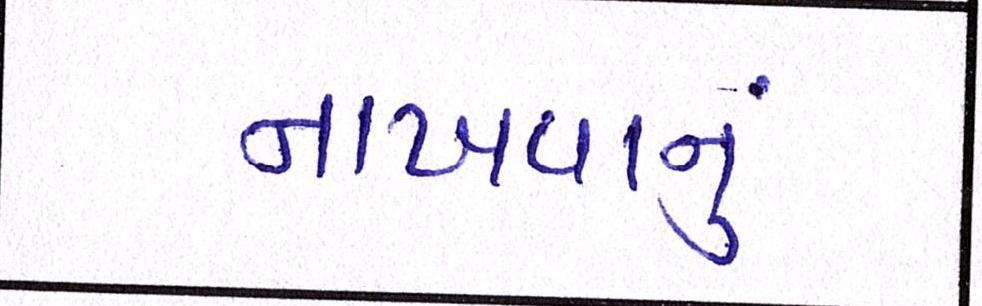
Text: નાખવાનું